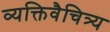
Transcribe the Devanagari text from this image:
व्यक्तिवैचित्र्य